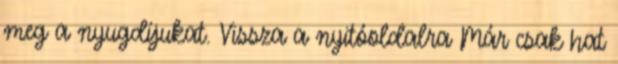
meg a nyugdíjukat. Vissza a nyitóoldalra Már csak hat